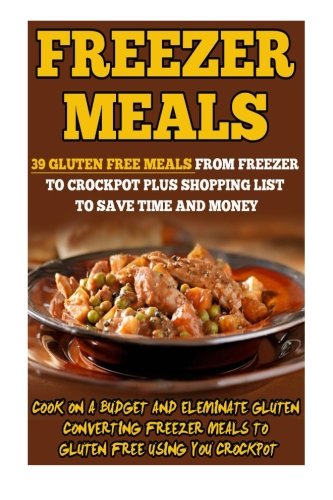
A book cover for Freezer Meals: 39 Gluten Free Meals From Freezer To Crockpot Plus Shopping List To Save Time And Money-Cook On A Budget And Eliminate Gluten ... Cooking, Freezer Crockpot Meals) (Volume 6); Valerie Gilman; Cookbooks, Food & Wine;